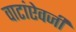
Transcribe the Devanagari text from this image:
वाटांऐवजी